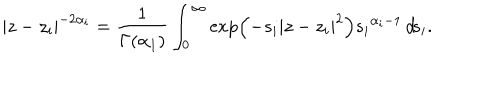
| z - z _ { i } | ^ { - 2 \alpha _ { i } } = \frac { 1 } { \Gamma ( \alpha _ { 1 } ) } \int _ { 0 } ^ { \infty } \exp \left( - s _ { i } | z - z _ { i } | ^ { 2 } \right) { s _ { i } } ^ { \alpha _ { i } - 1 } \, d \! s _ { i } .